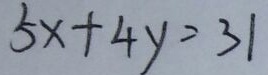
5 x + 4 y = 3 1